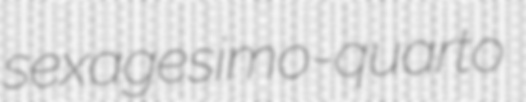
sexagesimo-quarto